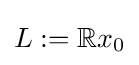
L:=\mathbb {R} x_{0}